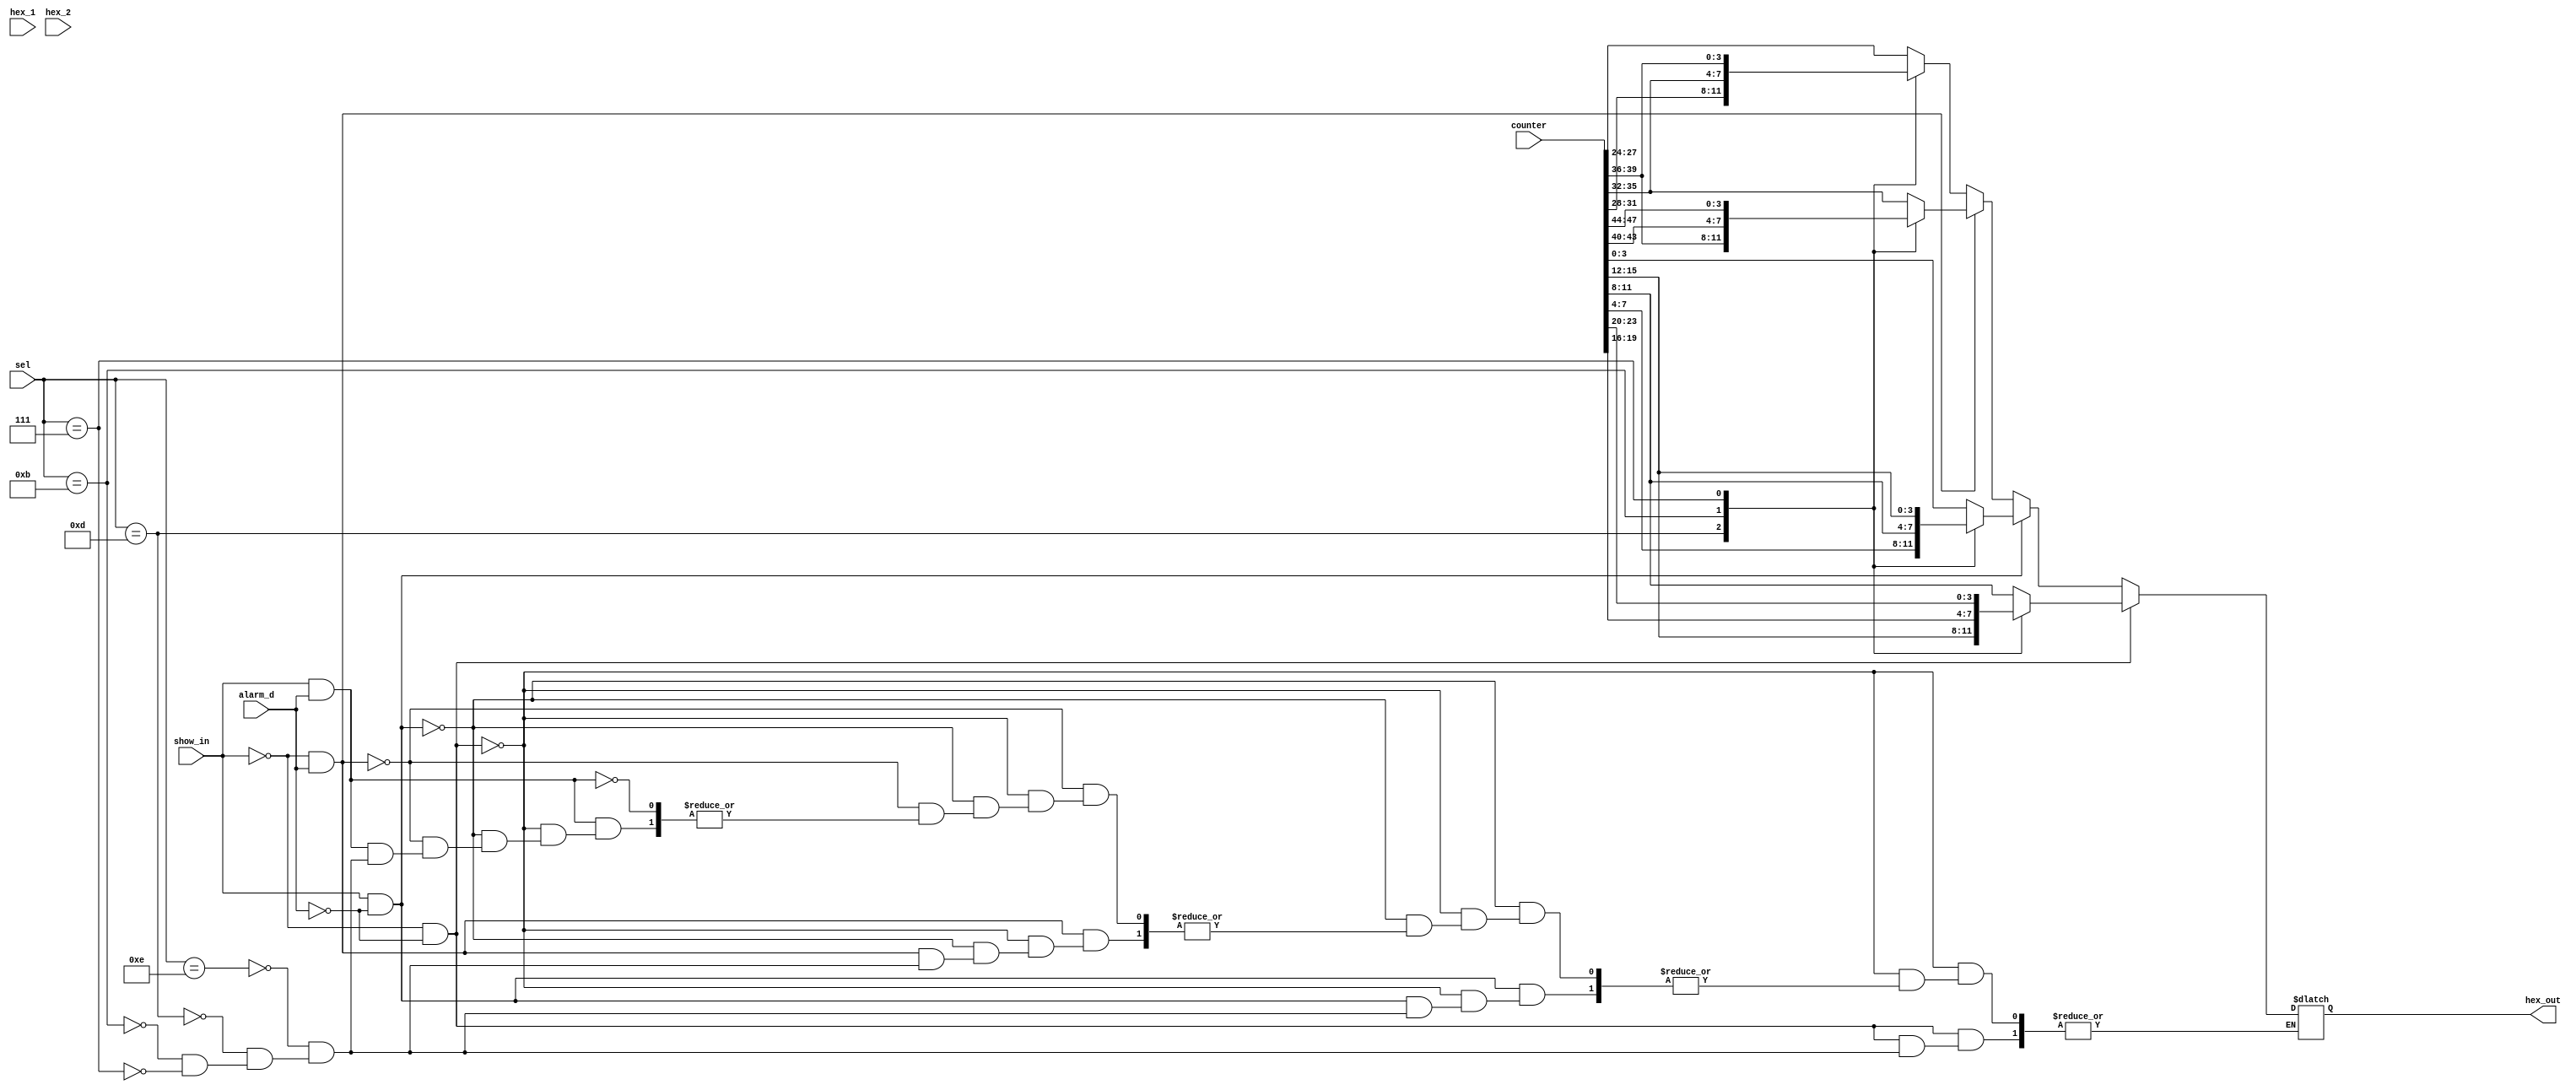
`timescale 1ns / 1ps
//////////////////////////////////////////////////////////////////////////////////
// Company: CYCU
// Engineer: 
// 
// Design Name: 
// Module Name:    Dip_SW_input 
// Project Name: 
// Target Devices: 
// Tool versions: 
// Description: 
//
// Dependencies: 
//
// Revision: 
// Revision 0.01 - File Created
// Additional Comments: 
//
//////////////////////////////////////////////////////////////////////////////////
module Dip_SW_input(hex_1, hex_2, hex_out, sel, counter, show_in, alarm_d);
  
   input [3:0] hex_1;
   input [3:0] hex_2;
   input [3:0] sel;
	input show_in;
	input alarm_d;
   input [47:0] counter;
   output [3:0] hex_out;
   reg [3:0] 	hex_out;
   
   always@(counter or sel )
	   if(show_in==0 && alarm_d==0)
	    begin
        case(sel)
		   4'b1110:hex_out = counter[11:8];
		   4'b1101:hex_out = counter[15:12];
		   4'b1011:hex_out = counter[19:16];
		   4'b0111:hex_out = counter[23:20];	        		     
       //multiplex the input signals (hex_1, hex_2 or counter) to the output, "hex_out"
       //  
        endcase
	    end
		
	   else if (show_in==1 && alarm_d==0)
	   begin
       case(sel)
		   4'b1110:hex_out = counter[3:0];
		   4'b1101:hex_out = counter[7:4];
		   4'b1011:hex_out = counter[11:8];
		   4'b0111:hex_out = counter[15:12];         		     
       //multiplex the input signals (hex_1, hex_2 or counter) to the output, "hex_out"
       //  
        endcase
	    end
       ///////////////////////////////////////////////////////////////////
       else if(show_in==0 && alarm_d==1)
	    begin
        case(sel)		 
		   4'b1110:hex_out = counter[35:32];
		   4'b1101:hex_out = counter[39:36];
		   4'b1011:hex_out = counter[43:40];
		   4'b0111:hex_out = counter[47:44];  	        		     
       //multiplex the input signals (hex_1, hex_2 or counter) to the output, "hex_out"
       //  
        endcase
	    end
		
	    else if (show_in==1 && alarm_d==1)
	    begin
        case(sel)
		   4'b1110:hex_out = counter[27:24];
		   4'b1101:hex_out = counter[31:28];
		   4'b1011:hex_out = counter[35:32];
		   4'b0111:hex_out = counter[39:36];        		     
       //multiplex the input signals (hex_1, hex_2 or counter) to the output, "hex_out"
       //  
        endcase
	    end			 
endmodule